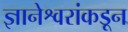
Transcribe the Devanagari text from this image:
ज्ञानेश्वरांकडून